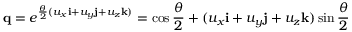
\mathbf { q } = e ^ { { \frac { \theta } { 2 } } { ( u _ { x } \mathbf { i } + u _ { y } \mathbf { j } + u _ { z } \mathbf { k } ) } } = \cos { \frac { \theta } { 2 } } + ( u _ { x } \mathbf { i } + u _ { y } \mathbf { j } + u _ { z } \mathbf { k } ) \sin { \frac { \theta } { 2 } }